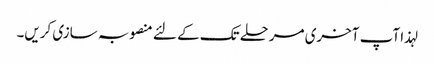
لہذا آپ آخری مرحلے تک کے لئے منصوبہ سازی کریں۔